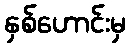
နှစ်ဟောင်းမှ